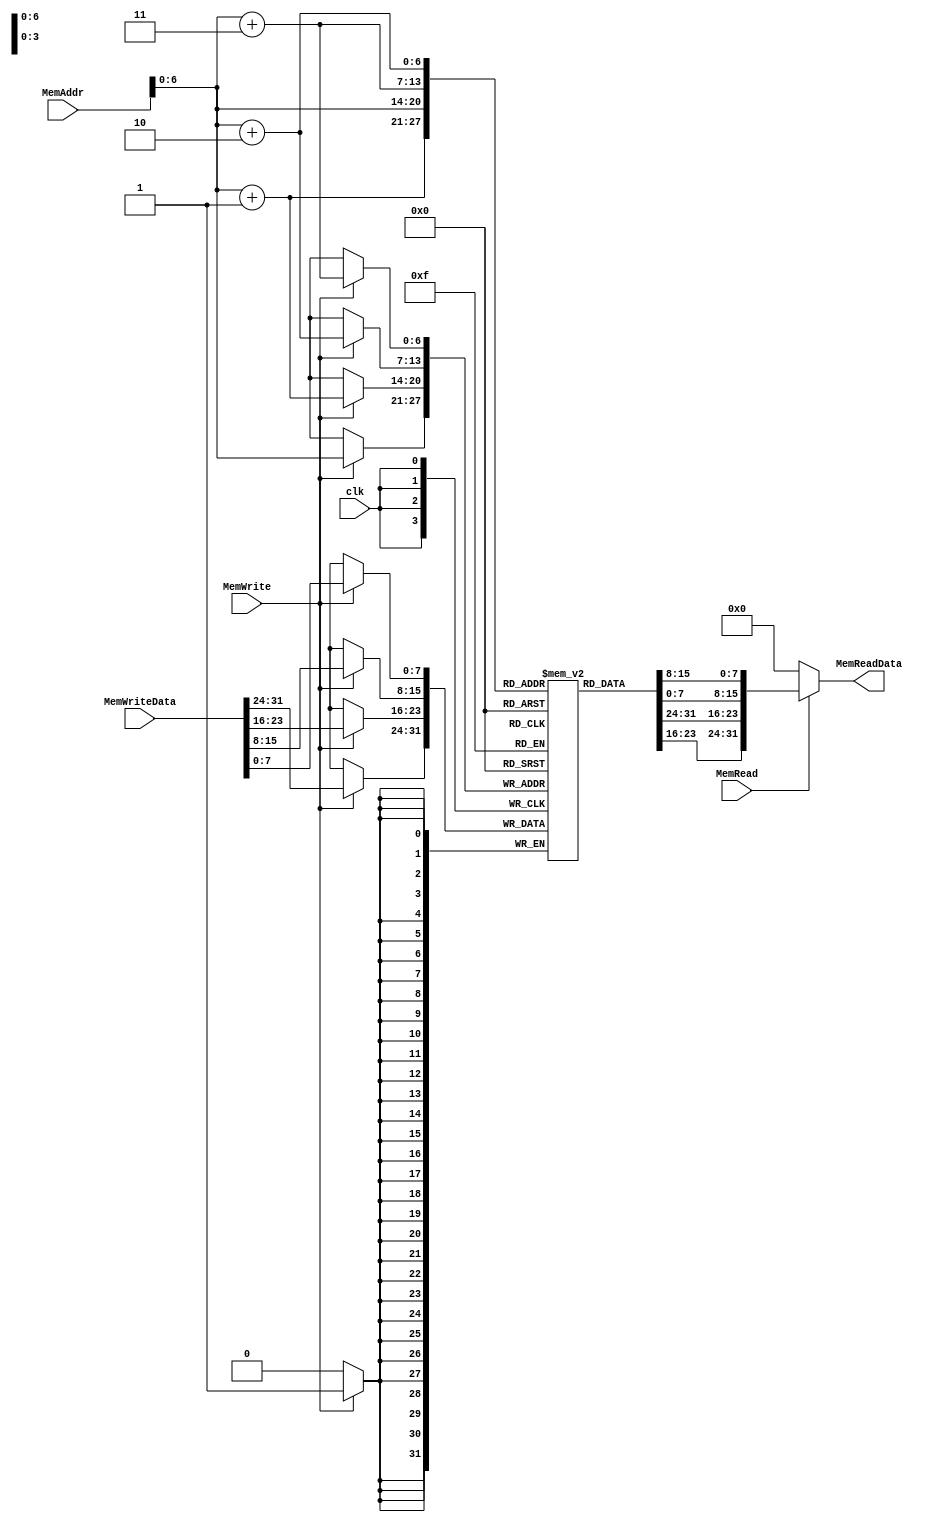
module DM (
    output [31:0] MemReadData,
    input [31:0] MemAddr,
    input [31:0] MemWriteData,
    input MemWrite,
    input MemRead,
    input clk
);
    reg [7:0]DataMem[0:127];
    assign MemReadData = MemRead?{DataMem[MemAddr],DataMem[MemAddr+1],DataMem[MemAddr+2],DataMem[MemAddr+3]}:32'd0;
    always @(posedge clk) begin
        if (MemWrite == 1) begin
            {DataMem[MemAddr],DataMem[MemAddr+1],DataMem[MemAddr+2],DataMem[MemAddr+3]} = MemWriteData;
        end
    end
endmodule